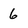
Character: 6